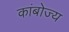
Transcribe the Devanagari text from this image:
कांबोज्य